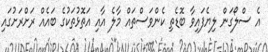
އެ ސްލޯގަން ލިޔެފައިވާ ބޮޑެތި ކެންވަސްތައް މާލެ އާއި އަތޮޅުތަކުގެ ބައެއް ރަށްރަށުގައި